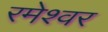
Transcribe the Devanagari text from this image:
रमेश्वर